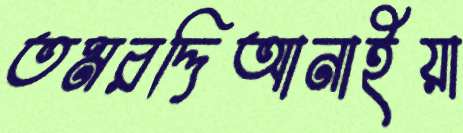
তমরদ্দিআনাইয়া